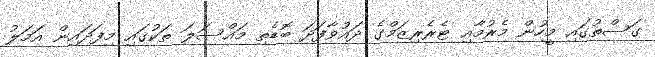
ގަސްތުގައި މީހުން މެރުމާއި ޓެރެރިޒަމްގެ ދައުވާފަދަ ބޮޑެތި މައްސަލަ ތަކުގައި މިފަދައިން އަމަލު